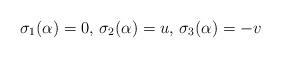
LaTeX: \begin{align*}\sigma_1(\alpha) = 0, \, \sigma_2(\alpha) = u, \, \sigma_3(\alpha) = -v\end{align*}